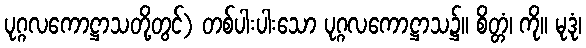
ပုဂ္ဂလကောဋ္ဌာသတို့တွင်) တစ်ပါးပါးသော ပုဂ္ဂလကောဋ္ဌာသ၌။ စိတ္တံ၊ ကို။ မုဒုံ၊